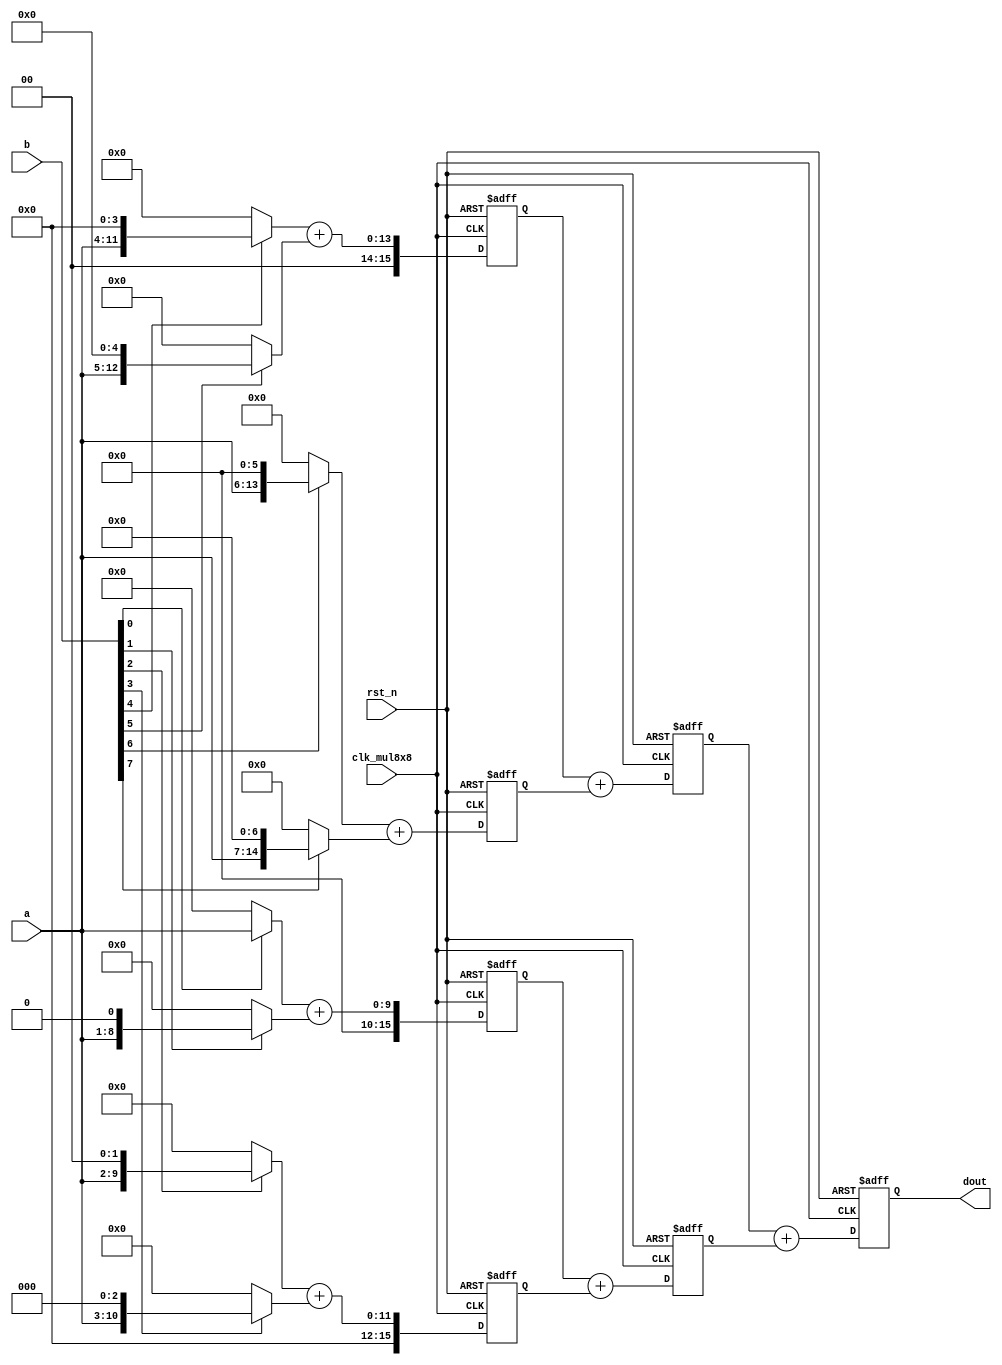

module mul_8x8_pipline(

    input   wire            clk_mul8x8,
    input   wire            rst_n   ,
    input   wire    [ 7: 0] a       ,
    input   wire    [ 7: 0] b       ,

    output  wire        [ 15: 0] dout

    );
//
wire mod_clk;
assign mod_clk = clk_mul8x8;


wire [15:0] ab0,ab1,ab2,ab3,ab4,ab5,ab6,ab7;

//
assign ab0 =(b[0] ? a : 0);
assign ab1 =(b[1] ? {a, 1'b0} : 0); 
assign ab2 =(b[2] ? {a, 2'b00} : 0);
assign ab3 =(b[3] ? {a, 3'b000} : 0);
assign ab4 =(b[4] ? {a, 4'b0000} : 0);
assign ab5 =(b[5] ? {a, 5'b00000} : 0);
assign ab6 =(b[6] ? {a, 6'b000000} : 0);
assign ab7 =(b[7] ? {a, 7'b0000000} : 0);


reg [15:0] sum1_0, sum1_1, sum1_2, sum1_3;
reg [15:0] sum2_0, sum2_1;
reg [15:0] sum3_0; 


//
always @ (posedge mod_clk or negedge rst_n)begin
    if (rst_n == 1'b0)
        sum1_0    <=  0;
    else
        sum1_0    <=  ab0 + ab1;
end
always @ (posedge mod_clk or negedge rst_n)begin
    if (rst_n == 1'b0)
        sum1_1    <=  0;
    else
        sum1_1    <=  ab2 + ab3;
end
always @ (posedge mod_clk or negedge rst_n)begin
    if (rst_n == 1'b0)
        sum1_2    <=  0;
    else
        sum1_2    <=  ab4 + ab5;
end
always @ (posedge mod_clk or negedge rst_n)begin
    if (rst_n == 1'b0)
        sum1_3    <=  0;
    else
        sum1_3    <=  ab6 + ab7;
end

//
always @ (posedge mod_clk or negedge rst_n)begin
    if (rst_n == 1'b0)
        sum2_0    <=  0;
    else
        sum2_0    <=  sum1_0 + sum1_1;
end
always @ (posedge mod_clk or negedge rst_n)begin
    if (rst_n == 1'b0)
        sum2_1    <=  0;
    else
        sum2_1    <=  sum1_2 + sum1_3;
end

////3
always @ (posedge mod_clk or negedge rst_n)begin
    if (rst_n == 1'b0)
        sum3_0    <=  0;
    else
        sum3_0    <=  sum2_1 + sum2_0;
end

assign dout = sum3_0;



endmodule